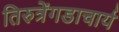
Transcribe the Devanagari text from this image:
तिरुत्रेंगडाचार्य